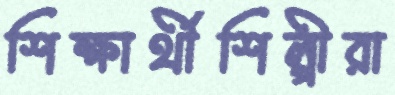
শিক্ষার্থীশিল্পীরা